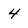
Character: 4